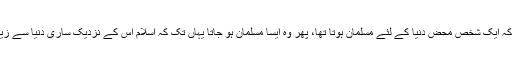
سیدنا انسؓ نے کہا کہ ایک شخص محض دنیا کے لئے مسلمان ہوتا تھا، پھر وہ ایسا مسلمان ہو جاتا یہاں تک کہ اسلام اس کے نزدیک ساری دنیا سے زیادہ محبوب ہو جاتا۔